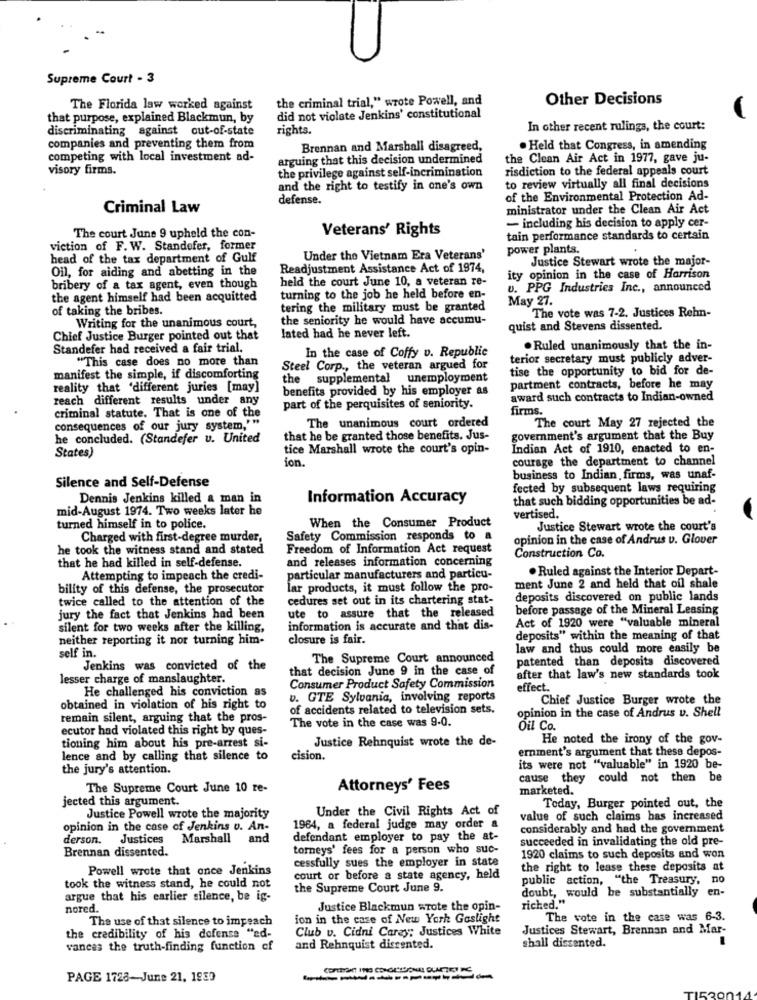
Supreme Court - 3
the criminal trial," wrote Powell, and
Other Decisions
The Florida law worked against
that purpose, explained Blackmun, by
did not violate Jenkins' constitutional
discriminating against out-of-state
rights.
In other recent rulings, the court:
companies and preventing them from
Brennan and Marshall disagreed,
. Held that Congress, in amending
competing with local investment ad-
arguing that this decision undermined
the Clean Air Act in 1977, gave ju-
visory firms.
the privilege against self-incrimination
risdiction to the federal appeals court
to review virtually all final decisions
and the right to testify in one's own
defense.
of the Environmental Protection Ad-
Criminal Law
ministrator under the Clean Air Act
Veterans' Rights
- including his decision to apply cer-
The court June 9 upheld the con-
tain performance standards to certain
viction of F. W. Standefer, former
power plants.
head of the tax department of Gulf
Under the Vietnam Era Veterans'
Justice Stewart wrote the major-
Oil, for aiding and abetting in the
Readjustment Assistance Act of 1974,
held the court June 10, a veteran re-
ity opinion in the case of Harrison
bribery of a tax agent, even though
u. PPG Industries Inc ., announced
the agent himself had been acquitted
turning to the job he held before en-
May 27.
of taking the bribes.
tering the military must be granted
Writing for the unanimous court,
the seniority he would have accumu-
The vote was 7-2. Justices Rehn-
quist and Stevens dissented.
Chief Justice Burger pointed out that
lated had he never left.
Standefer had received a fair trial.
In the case of Coffy v. Republic
. Ruled unanimously that the in-
"This case does no more than
terior secretary must publicly adver-
Steel Corp ., the veteran argued for
tise the opportunity to bid for de-
manifest the simple, if discomforting
the supplemental unemployment
reality that 'different juries [may]
benefits provided by his employer as
partment contracts, before he may
reach different results under any
award such contracts to Indian-owned
part of the perquisites of seniority.
firms.
criminal statute. That is one of the
The unanimous court ordered
The court May 27 rejected the
consequences of our jury system,'"
he concluded. (Standefer u. United
that he be granted those benefits. Jus-
government's argument that the Buy
States)
tice Marshall wrote the court's opin-
Indian Act of 1910, enacted to en-
ion.
courage the department to channel
business to Indian, firms, was unaf-
Silence and Self-Defense
fected by subsequent laws requiring
Dennis Jenkins killed a man in
Information Accuracy
that such bidding opportunities be ad-
mid-August 1974. Two weeks later he
vertised.
turned himself in to police.
When the Consumer Product
Justice Stewart wrote the court's
Charged with first-degree murder,
Safety Commission responds to a
opinion in the case of Andrus v. Glouer
he took the witness stand and stated
Freedom of Information Act request
that he had killed in self-defense.
and releases information concerning
Construction Co.
. Ruled against the Interior Depart-
Attempting to impeach the credi-
particular manufacturers and particu-
bility of this defense, the prosecutor
lar products, it must follow the pro-
ment June 2 and held that oil shale
twice called to the attention of the
cedures set out in its chartering stat-
deposits discovered on public lands
ute to assure that the released
before passage of the Mineral Leasing
jury the fact that Jenkins had been
Act of 1920 were "valuable mineral
silent for two weeks after the killing,
information is accurate and that dis-
neither reporting it nor turning him-
closure is fair.
deposits" within the meaning of that
law and thus could more easily be
self in.
The Supreme Court announced
patented than deposits discovered
Jenkins was convicted of the
that decision June 9 in the case of
lesser charge of manslaughter.
after that law's new standards took
He challenged his conviction as
Consumer Product Safety Commission
effect.
v. GTE Sylvania, involving reports
Chief Justice Burger wrote the
obtained in violation of his right to
of accidents related to television sets.
opinion in the case of Andrus v. Shell
remain silent, arguing that the pros-
The vote in the case was 9-0.
ecutor had violated this right by ques-
Oil Co.
tioning him about his pre-arrest si-
Justice Rehnquist wrote the de-
He noted the irony of the gov-
ernment's argument that these depos-
lence and by calling that silence to
cision.
the jury's attention.
its were not "valuable" in 1920 be-
cause they
could not then be
The Supreme Court June 10 re-
Attorneys' Fees
marketed.
jected this argument.
Under the Civil Rights Act of
Today, Burger pointed out, the
Justice Powell wrote the majority
value of such claims has increased
opinion in the case of Jenkins v. An-
1964, a federal judge may order a
considerably and had the government
derson. Justices
Marshall
and
defendant employer to pay the at-
succeeded in invalidating the old pre-
Brennan dissented.
torneys' fees for a person who suc-
cessfully sues the employer in state
1920 claims to such deposits and won
Powell wrote that once Jenkins
the right to lease these deposits at
court or before a state agency, held
public action, "the Treasury,
no
took the witness stand, he could not
the Supreme Court June 9.
doubt, would be substantially en-
argue that his earlier silence, be ig-
nored.
Justice Blackmun wrote the opin-
riched."
The use of that silence to impeach
ion in the case of New York Gaslight
The vote in the case was 6-3.
Club v. Cidni Carey: Justices White
Justices Stewart, Brennan and Mar-
the credibility of his defense "ed-
shall dissented.
vances the truth-finding function cf
and Rehnquist disrented.
PAGE 1728-June 21, 1939